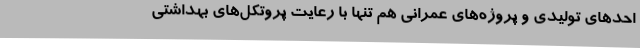
احدهای تولیدی و پروژه‌های عمرانی هم تنها با رعایت پروتکل‌های بهداشتی